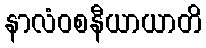
နာလံဝစနီယာယာတိ